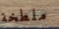
ملطخة